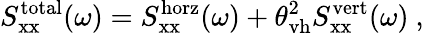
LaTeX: S_{\mathrm{xx}}^{\mathrm{total}}(\omega)=S_{\mathrm{xx}}^{\mathrm{horz}}(\omega)+\theta_{\mathrm{vh}}^{2}S_{\mathrm{xx}}^{\mathrm{vert}}(\omega)~,